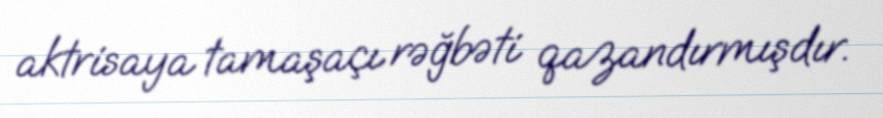
aktrisaya tamaşaçı rəğbəti qazandırmışdır.